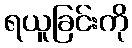
ရယူခြင်းကို